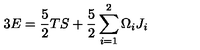
3 E = \frac { 5 } { 2 } T S + \frac { 5 } { 2 } \sum _ { i = 1 } ^ { 2 } \Omega _ { i } J _ { i }